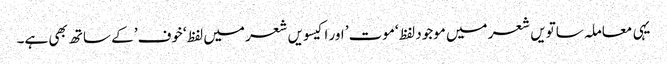
یہی معاملہ ساتویں شعر میں موجود لفظ ‘موت’ اور اکیسویں شعر میں لفظ ‘خوف’ کے ساتھ بھی ہے۔